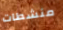
منشطات